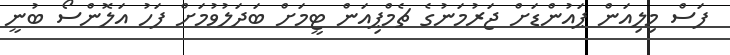
ފަސް މިލިއަން ޕައުންޑަށް ޖަރުމަނުގެ ޗެމްޕިއަން ޓީމަށް ބަދަލުވުމަށް ފަހު އަލޮންސޯ ބުނީ